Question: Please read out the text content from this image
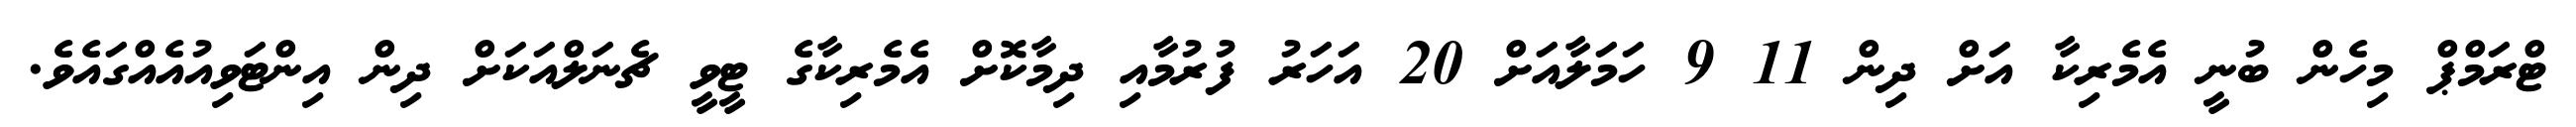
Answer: ޓްރަމްޕް މިހެން ބުނީ އެމެރިކާ އަށް ދިން 11 9 ހަމަލާއަށް 20 އަހަރު ފުރުމާއި ދިމާކޮށް އެމެރިކާގެ ޓީވީ ޗެނަލްއަކަށް ދިން އިންޓަވިއުއެއްގައެވެ.